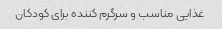
غذایی مناسب و سرگرم کننده برای کودکان